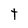
Character: t